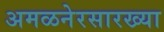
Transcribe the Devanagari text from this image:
अमळनेरसारख्या